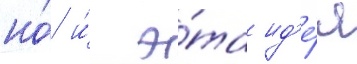
но́ и́ э́та ид'е́я